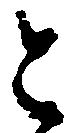
と